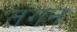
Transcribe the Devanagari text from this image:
तंगन